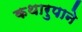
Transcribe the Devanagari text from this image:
कथारुपाने